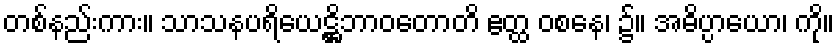
တစ်နည်းကား။ သာသနပရိယေဋ္ဌိဘာဝတောတိ ဧတ္ထ ဝစနေ၊ ၌။ အဓိပ္ပာယော၊ ကို။